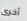
أخرى